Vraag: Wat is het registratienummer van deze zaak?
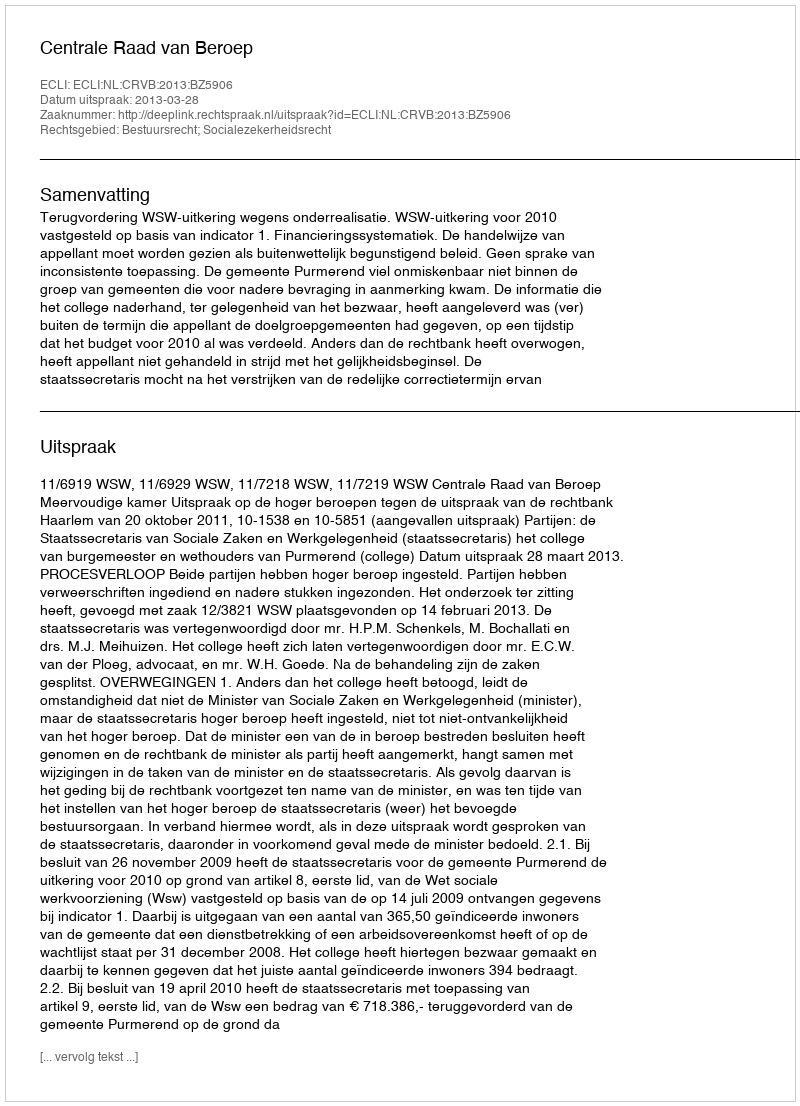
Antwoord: http://deeplink.rechtspraak.nl/uitspraak?id=ECLI:NL:CRVB:2013:BZ5906